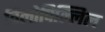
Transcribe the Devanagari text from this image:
विलोपिल्लिल